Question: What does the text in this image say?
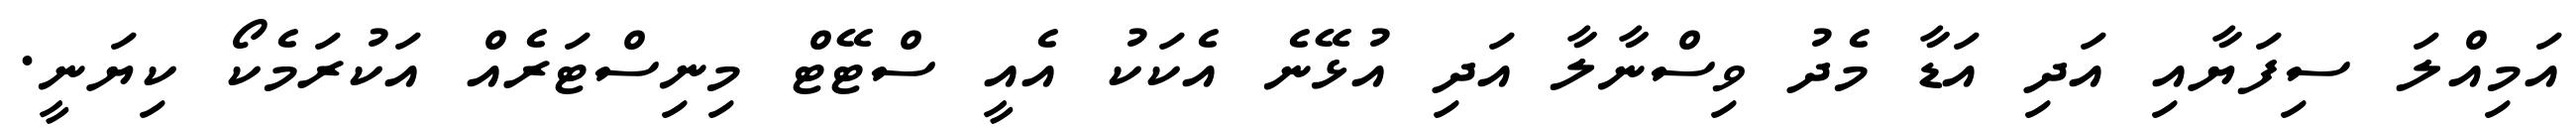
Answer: އަމިއްލަ ސިފަޔާއި އަދި އަޑާ މެދު ވިސްނާލާ އަދި އުޅޭނެ އެކަކު އެއީ ސްޓޭޓް މިނިސްޓަރެއް އަކުރަމެކޯ ކިޔަނީ.